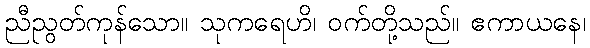
ညီညွတ်ကုန်သော။ သုကရေဟိ၊ ဝက်တို့သည်။ ဧကာယနေ၊